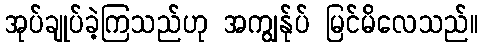
အုပ်ချုပ်ခဲ့ကြသည်ဟု အကျွန်ုပ် မြင်မိလေသည်။